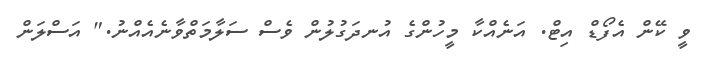
ވީ ކޭން އެފޯޑް އިޓް. އަނެއްކާ މީހުންގެ އުނދަގުލުން ވެސް ސަލާމަތްވާނެއެއްނު." އަސްލަން